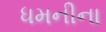
ધમનીના